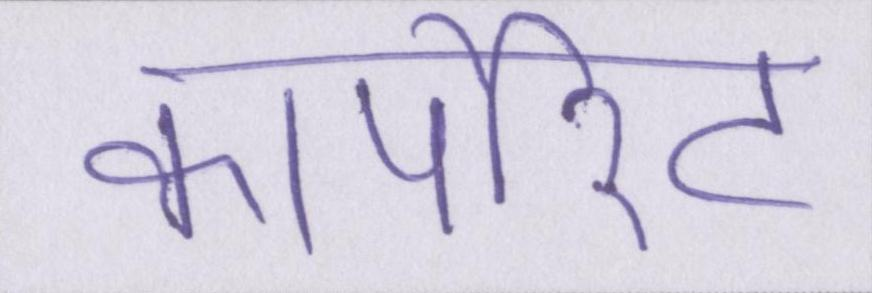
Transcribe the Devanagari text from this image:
कॉर्पोरेट